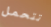
تتحمل